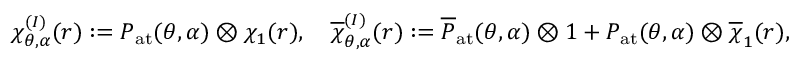
\begin{array} { r } { \chi _ { \theta , \alpha } ^ { ( I ) } ( r ) : = P _ { \mathrm { a t } } ( \theta , \alpha ) \otimes \chi _ { 1 } ( r ) , \quad \overline { { \chi } } _ { \theta , \alpha } ^ { ( I ) } ( r ) : = \overline { { P } } _ { \mathrm { a t } } ( \theta , \alpha ) \otimes 1 + P _ { \mathrm { a t } } ( \theta , \alpha ) \otimes \overline { { \chi } } _ { 1 } ( r ) , } \end{array}